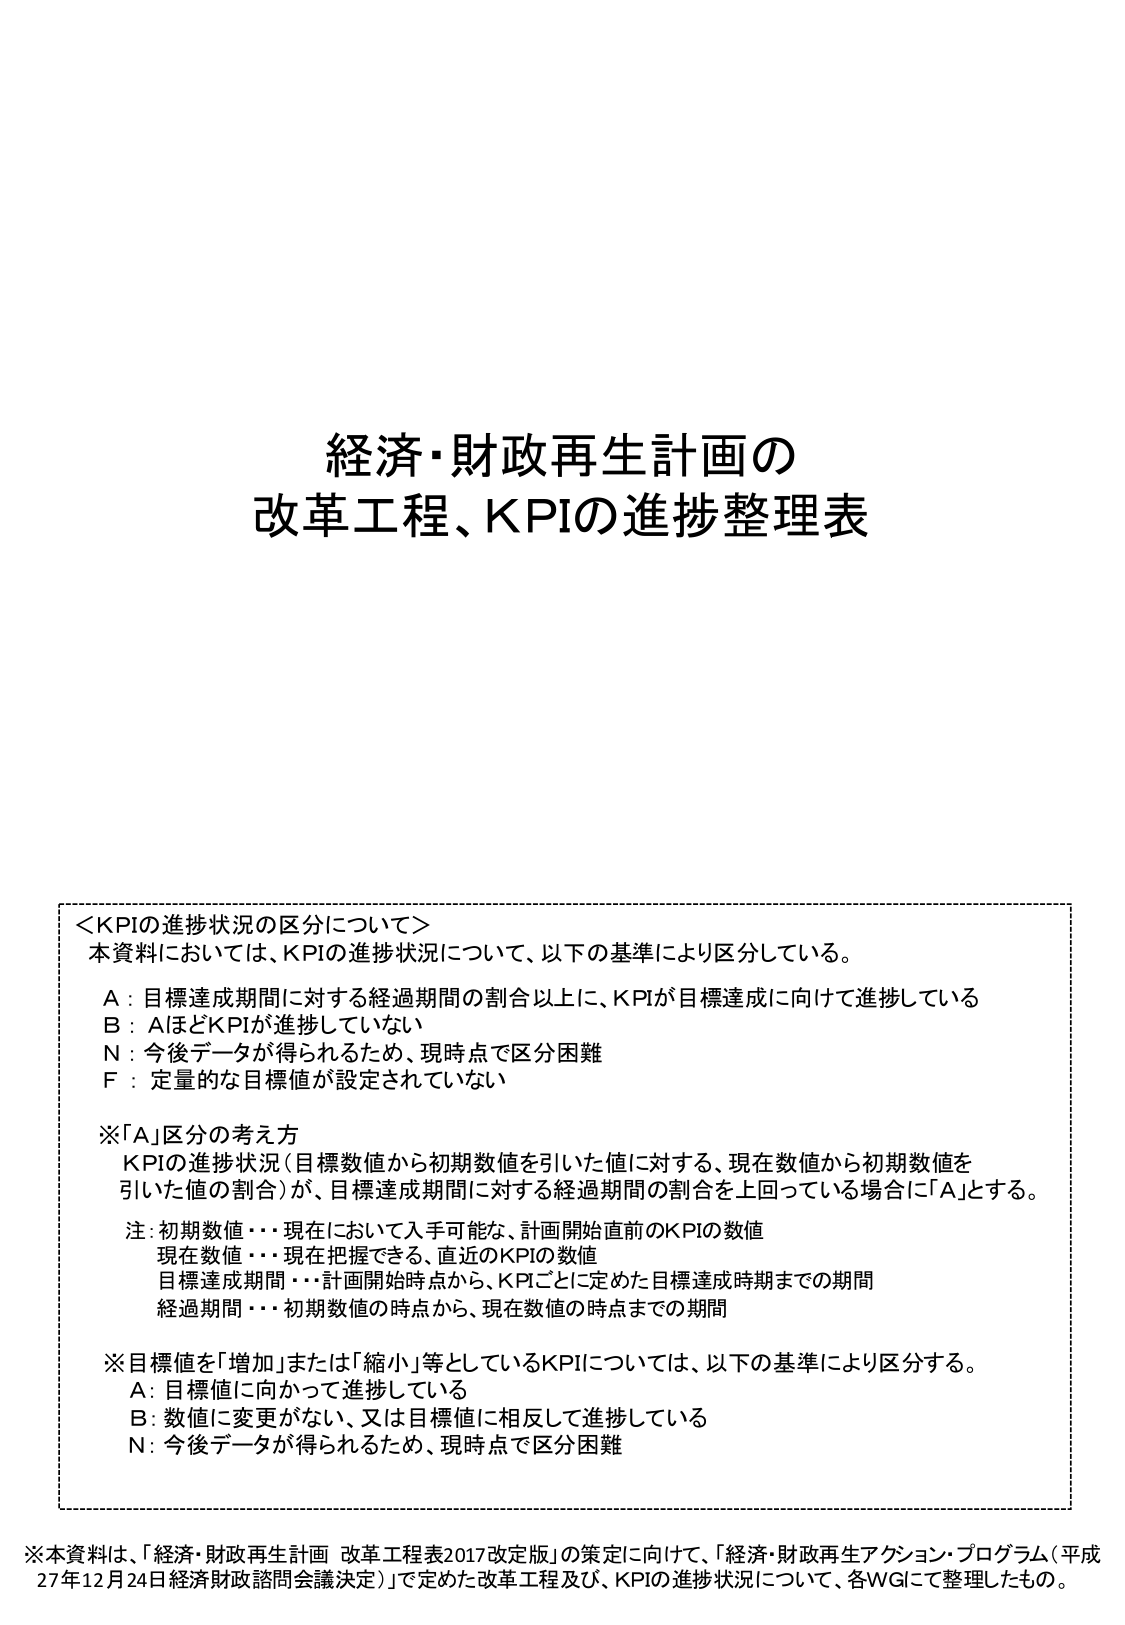
経済・財政再生計画の
改革工程、KPIの進捗整理表

＜KPIの進捗状況の区分について＞
本資料においては、KPIの進捗状況について、以下の基準により区分している。

A：目標達成期間に対する経過期間の割合以上に、KPIが目標達成に向けて進捗している
B：AほどKPIが進捗していない
N：今後データが得られるため、現時点で区分困難
F：定量的な目標値が設定されていない

※「A」区分の考え方
KPIの進捗状況（目標数値から初期数値を引いた値に対する、現在数値から初期数値を
引いた値の割合）が、目標達成期間に対する経過期間の割合を上回っている場合に「A」とする。

注：初期数値・・・現在において入手可能な、計画開始直前のKPIの数値
　　現在数値・・・現在把握できる、直近のKPIの数値
　　目標達成期間・・・計画開始時点から、KPIごとに定めた目標達成時期までの期間
　　経過期間・・・初期数値の時点から、現在数値の時点までの期間

※目標値を「増加」または「縮小」等としているKPIについては、以下の基準により区分する。
A：目標値に向かって進捗している
B：数値に変更がない、又は目標値に相反して進捗している
N：今後データが得られるため、現時点で区分困難

※本資料は、「経済・財政再生計画 改革工程表2017改定版」の策定に向けて、「経済・財政再生アクション・プログラム（平成
27年12月24日経済財政諮問会議決定）」で定めた改革工程及び、KPIの進捗状況について、各WGにて整理したもの。